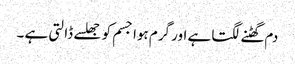
دم گھٹنے لگتا ہے اور گرم ہوا جسم کو جھلسے ڈالتی ہے ۔